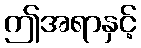
ဤအရာနှင့်